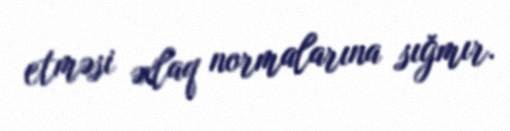
etməsi əxlaq normalarına sığmır.